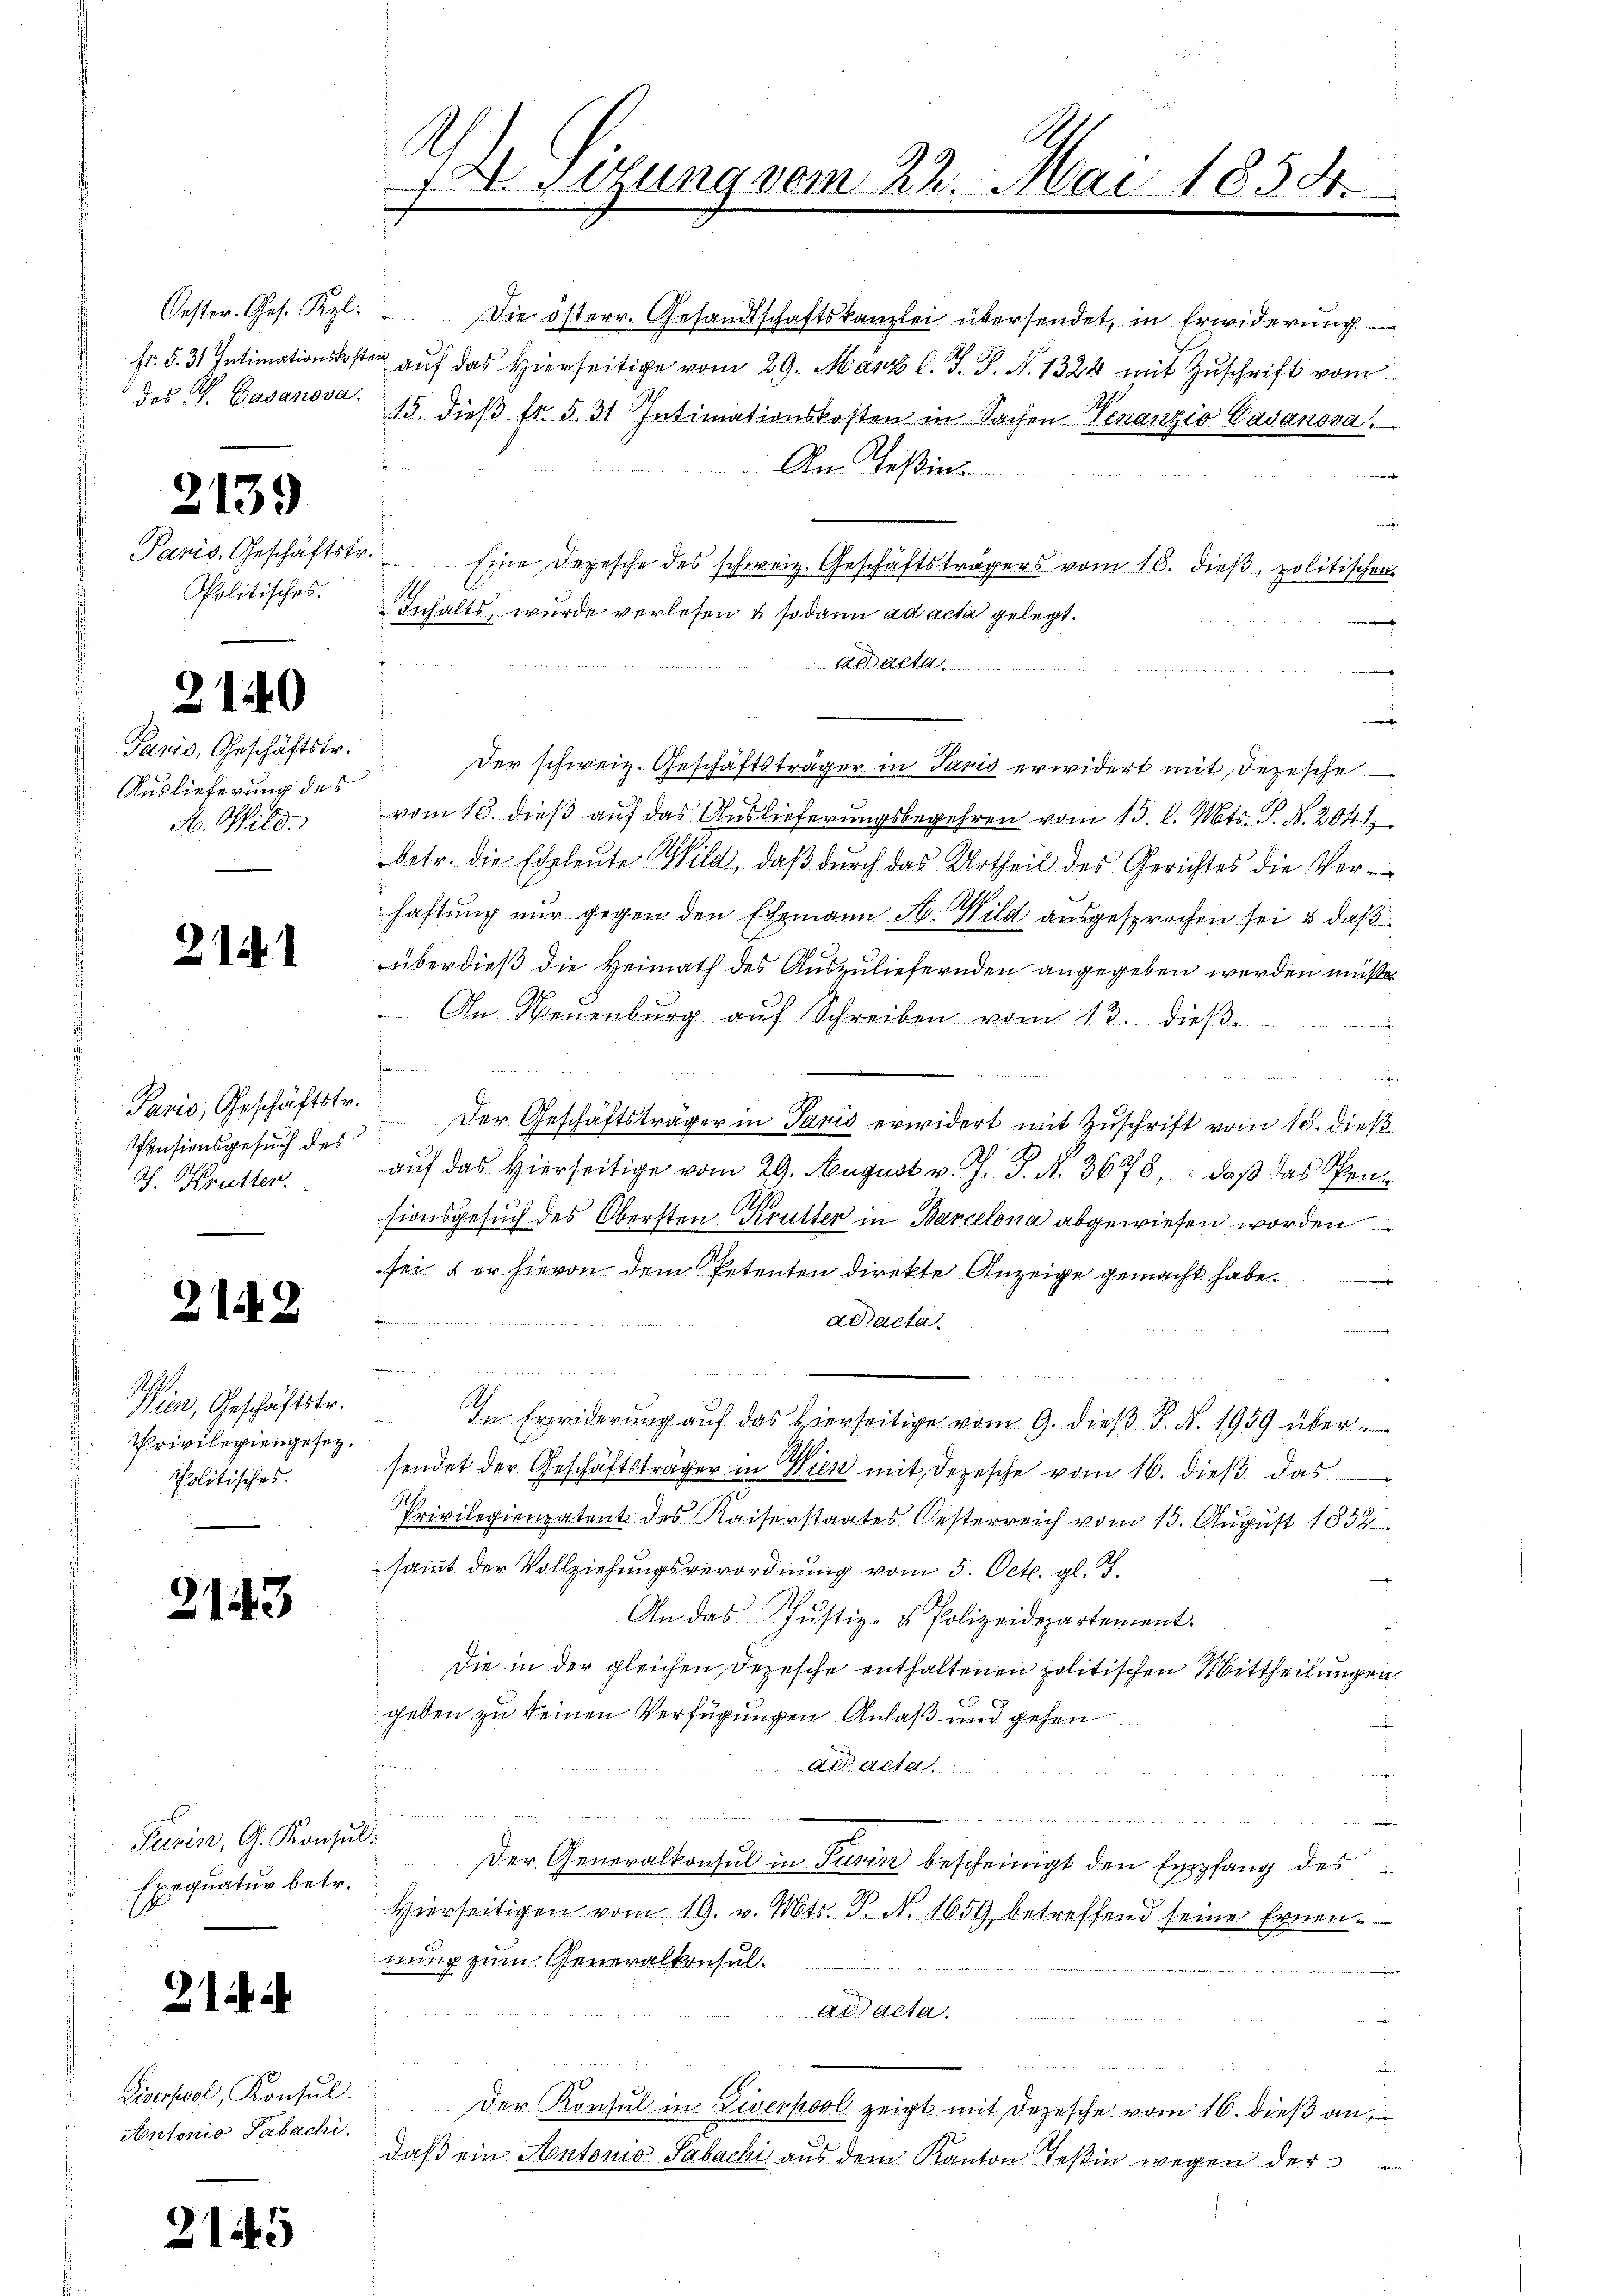
des V. Gasanova.

2139

Paris, Geschäftstr
Politisches.

2140

Paris, Geschäftstr.
Auslieferung des
N. Wild.

2141

Paris, Geschäftstr.
Pensionsgesuch des
Ph. Knütten.

2142

.
Iten, Geschäftstr.
Privilegiengesetz.
Politisches.

2143

Purin, G. Konsul
 Exequatur betr.

2

Liserpool, Konsŭl.
Antonio Pabachi.

21445

A
12. Sitzung vom 22. Mai 1834.

Oester. Ges. Kl. " Die österr. Gesandtschaftskanzlei übersendet, in Erwiderŭng
fr. §. 31. Intimationskosten aŭf das hierseitige vom 29. März l. J. J. N. 1324 mit Zŭschrift vom
15. dieß fr. 531 Intimationskosten in Sachen Veranzis Gasanova
An Teßin.
e
Eine Depesche des schweiz. Geschäftsträgers vom 16. dieß, politischen
1
Inhalts, wurde verlesen & sodann ad acta gelegt.
Ad acta
 unen
u
.
Der schweiz. Geschäftsträger in Janis erwidert mit Depesche
vom 18. dieß auf das Auslieferungsbegehren vom 15. l. Mts. S. N. 2041
betr. die Eheleute Wild, daβ dŭrch das Urtheil des Gerichtes die Ver-
haftung nur gegen den Ehemann N. Wild ausgesprochen sei & daß
überdieß die Heimath des Auszuliefernden angegeben werden müße.
An Neuenburg auf Schreiben vom 13. dieβ.
hnen
s
Der Geschäftsträger in Paris erwidert mit Zuschrift vom 10. dieß
aŭf das hierseitige vom 29. August v. J. J. N. 3698, daβ das Spen
sionsgesuch des Obersten Krutter in Barcelona abgewiesen worden
sei & er hievon dem Petenten direkte Anzeige gemacht habe.
ad acta
 von de
e
In Erwiderung auf das hierseitige vom 9. dieβ J. N. 1959 über¬
.
sendet der Geschäftsträger in Wien mit Depesche vom 16. dieß das
124.
Privilegienpatent des Kaiserstaates Oesterreich vom 15. Aŭgŭst 1852
sammt der Vollziehungsverordnung vom 5. Octb. gl. Ph.

An das Justiz- & Polizeidepartement.
Die in der gleichen Depesche enthaltenen politischen Mittheilungen
geben zu keinen Verfügungen Anlaß und gehen
ad acta
Der Generalkonsul in Turin bescheinigt den Empfang des
Hierseitigen vom 19. v. Mts. S. N. 1659 betreffend seine Ernen-
ttung zum Generalkonsult
Ad aetan.  ..  ..
Der Konsul in Liverpool zeigt mit Depesche vom 16. dieß an,
daß ein Antonio Sabachi aus dem Kanton Teßin wegen der